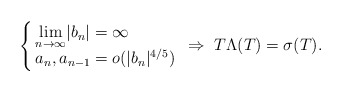
\begin{align*} \left\{ \kern-3pt \begin{array}{l} {\displaystyle\lim_{n\to\infty}}|b_n|=\infty \\ a_n, a_{n-1} = o(|b_n|^{4/5}) \end{array} \right. \Rightarrow\; T \Lambda(T)=\sigma(T). \end{align*}